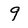
Character: 9